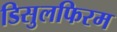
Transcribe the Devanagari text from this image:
डिसुलफिरम